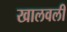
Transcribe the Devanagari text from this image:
खालवली